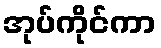
အုပ်ကိုင်ကာ